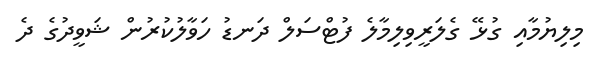
މިލިޔުމާއި ގުޅޭ ގެލަރީވިލިމާލެ ފުޓްސަލް ދަނޑު ހަވާލުކުރުން ޝަވީދުގެ ދެ